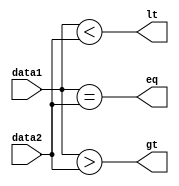
module COMPARE(lt,gt,eq,data1,data2);

input signed [31:0] data1,data2;
output lt,gt,eq;

assign lt=data1<data2;
assign gt=data1>data2;
assign eq=data1==data2;

endmodule